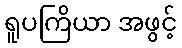
ရူပကြိယာ အဖွင့်